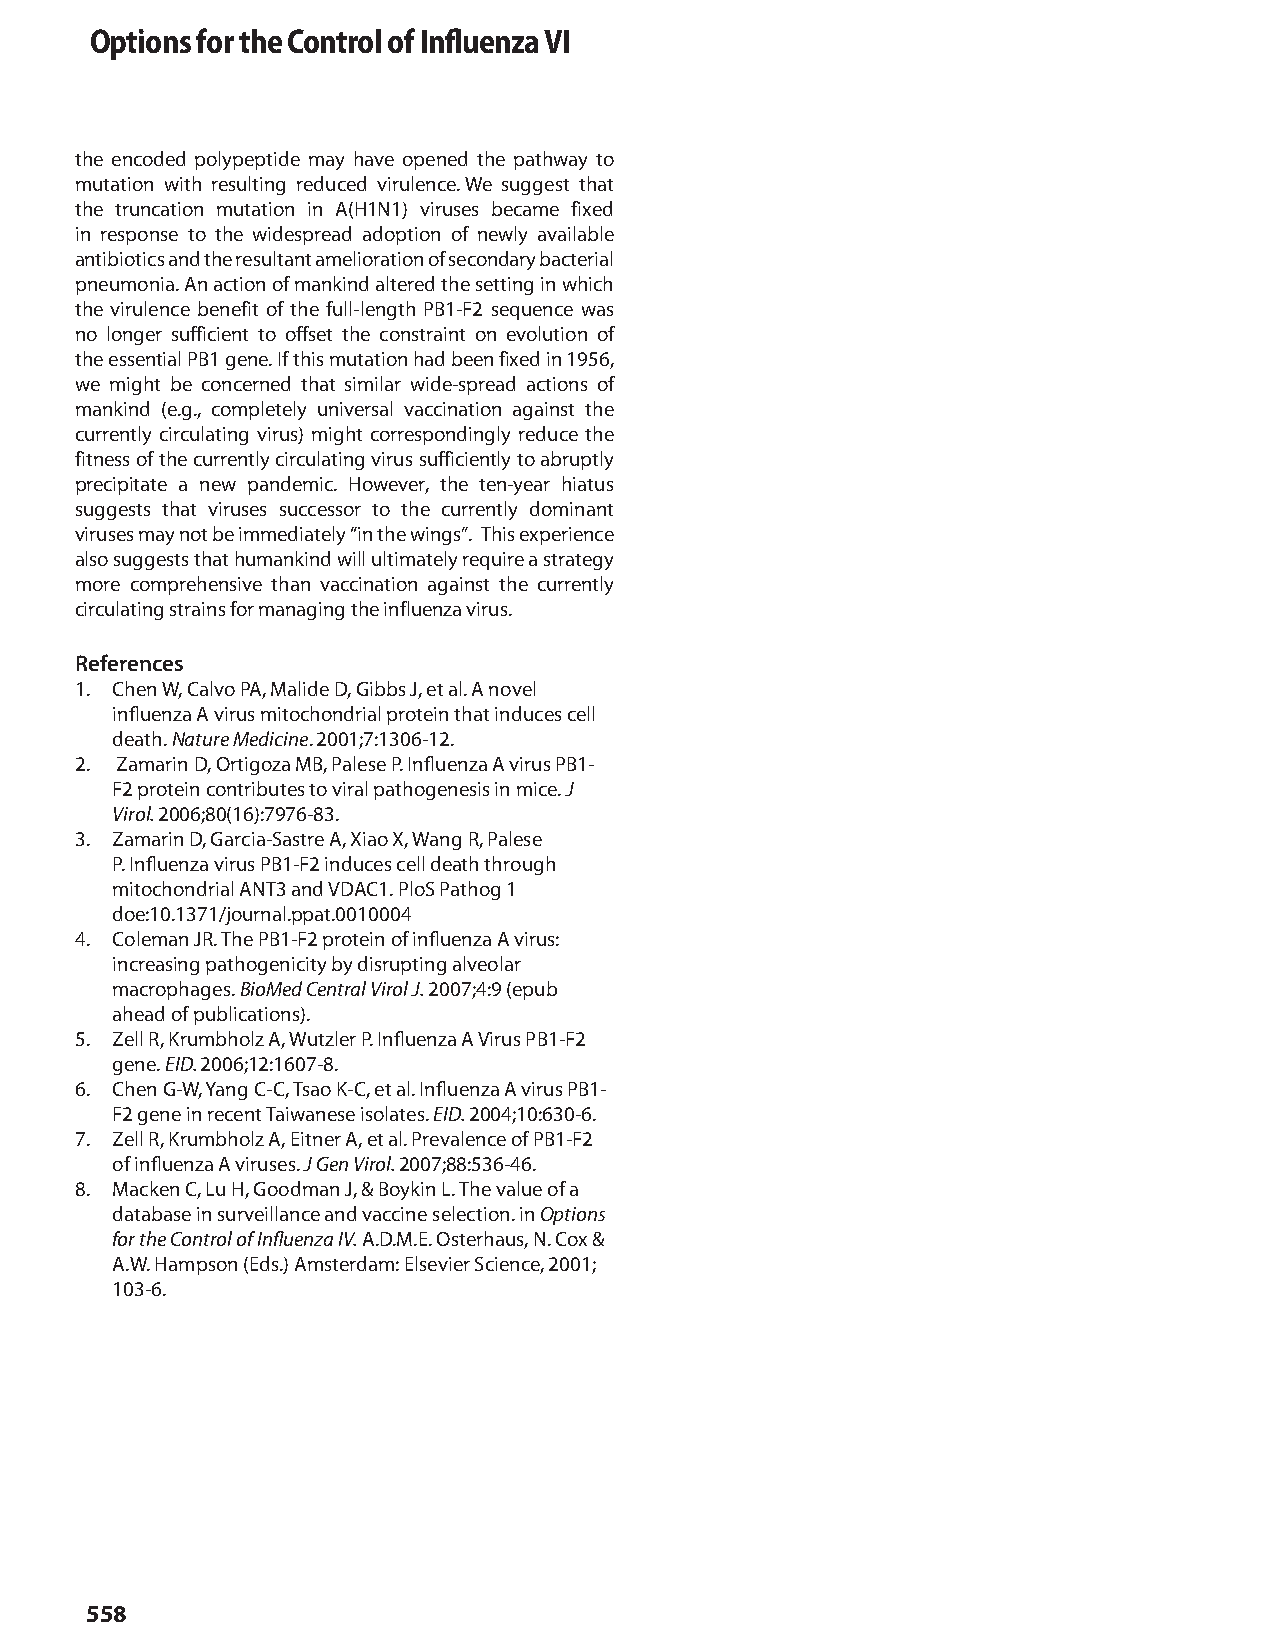
Options for the Control of Influenza VI
 the encoded polypeptide may have opened the pathway to
 mutation with resulting reduced virulence. We suggest that
 the truncation mutation in A(H1N1) viruses became fixed
 in response to the widespread adoption of newly available
 antibiotics and the resultant amelioration of secondary bacterial
 pneumonia. An action of mankind altered the setting in which
 the virulence benefit of the full-length PB1-F2 sequence was
 no longer sufficient to offset the constraint on evolution of
 the essential PB1 gene. If this mutation had been fixed in 1956,
 we might be concerned that similar wide-spread actions of
 mankind (e.g., completely universal vaccination against the
 currently circulating virus) might correspondingly reduce the
 fitness of the currently circulating virus sufficiently to abruptly
 precipitate a new pandemic. However, the ten-year hiatus
 suggests that viruses successor to the currently dominant
 viruses may not be immediately “in the wings”. This experience
 also suggests that humankind will ultimately require a strategy
 more comprehensive than vaccination against the currently
 circulating strains for managing the influenza virus.
 References
 1. Chen W, Calvo PA, Malide D, Gibbs J, et al. A novel
 influenza A virus mitochondrial protein that induces cell
 death. Nature Medicine. 2001;7:1306-12.
 2. Zamarin D, Ortigoza MB, Palese P. Influenza A virus PB1-
 F2 protein contributes to viral pathogenesis in mice. J
 Virol. 2006;80(16):7976-83.
 3. Zamarin D, Garcia-Sastre A, Xiao X, Wang R, Palese
 P. Influenza virus PB1-F2 induces cell death through
 mitochondrial ANT3 and VDAC1. PloS Pathog 1
 doe:10.1371/journal.ppat.0010004
 4. Coleman JR. The PB1-F2 protein of influenza A virus:
 increasing pathogenicity by disrupting alveolar
 macrophages. BioMed Central Virol J. 2007;4:9 (epub
 ahead of publications).
 5. Zell R, Krumbholz A, Wutzler P. Influenza A Virus PB1-F2
 gene. EID. 2006;12:1607-8.
 6. Chen G-W, Yang C-C, Tsao K-C, et al. Influenza A virus PB1-
 F2 gene in recent Taiwanese isolates. EID. 2004;10:630-6.
 7. Zell R, Krumbholz A, Eitner A, et al. Prevalence of PB1-F2
 of influenza A viruses. J Gen Virol. 2007;88:536-46.
 8. Macken C, Lu H, Goodman J, & Boykin L. The value of a
 database in surveillance and vaccine selection. in Options
 for the Control of Influenza IV. A.D.M.E. Osterhaus, N. Cox &
 A.W. Hampson (Eds.) Amsterdam: Elsevier Science, 2001;
 103-6.
 558